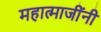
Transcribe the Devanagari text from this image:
महात्माजींनी